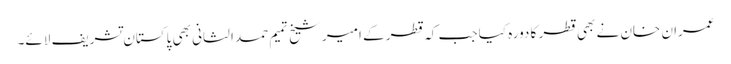
عمران خان نے بھی قطر کا دورہ کیا جب کہ قطر کے امیرشیخ تمیم حمد الثانی بھی پاکستان تشریف لائے۔